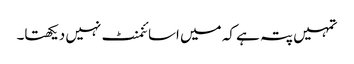
تمہیں پتہ ہے کہ میں اسائنمنٹ نہیں دیکھتا۔